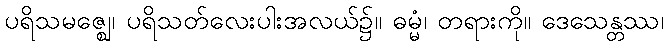
ပရိသမဇ္ဈေ၊ ပရိသတ်လေးပါးအလယ်၌။ ဓမ္မံ၊ တရားကို။ ဒေသေန္တဿ၊